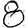
Digit: 8